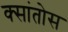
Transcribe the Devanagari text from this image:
क्सांतोस